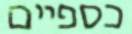
כספיים